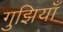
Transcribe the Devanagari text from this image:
गुझियाँ